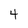
Character: 4